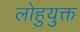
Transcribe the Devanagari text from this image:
लोहुयुक्त